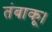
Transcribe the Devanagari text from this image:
तंबाकू।